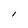
Character: I